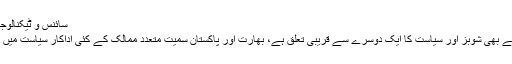
سائنس و ٹیکنالوجی | 72 نیوز - Part 10
ممبئی:(شوبز ڈیسک) ویسے بھی شوبز اور سیاست کا ایک دوسرے سے قریبی تعلق ہے، بھارت اور پاکستان سمیت متعدد ممالک کے کئی اداکار سیاست میں انٹری بھی دے چکے ہیں۔